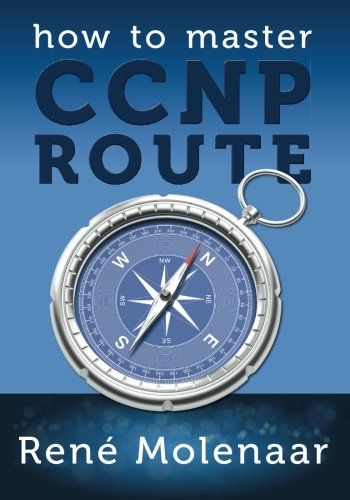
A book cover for How to Master CCNP ROUTE; RenÃ© Molenaar; Medical Books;